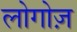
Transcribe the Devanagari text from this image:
लोगोज़